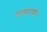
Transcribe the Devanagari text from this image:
क्लाएका